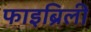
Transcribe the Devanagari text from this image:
फाइब्रिली